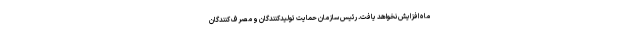
ماه افزایش نخواهد یافت. رئیس سازمان حمایت تولیدکنندگان و مصرف کنندگان